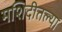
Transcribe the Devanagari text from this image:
मशिदीतल्या